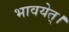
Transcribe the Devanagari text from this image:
भावयेत्‌।